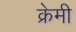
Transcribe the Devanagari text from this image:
क्रेमी